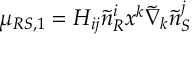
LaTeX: \mu _ { R S , 1 } = H _ { i j } \tilde { n } _ { R } ^ { i } x ^ { k } \tilde { \nabla } _ { k } \tilde { n } _ { S } ^ { j }